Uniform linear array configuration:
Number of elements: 8
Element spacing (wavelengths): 0.5
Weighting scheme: binomial
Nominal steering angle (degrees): -45
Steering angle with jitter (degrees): -44.379
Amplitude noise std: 0.05
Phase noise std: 0.05

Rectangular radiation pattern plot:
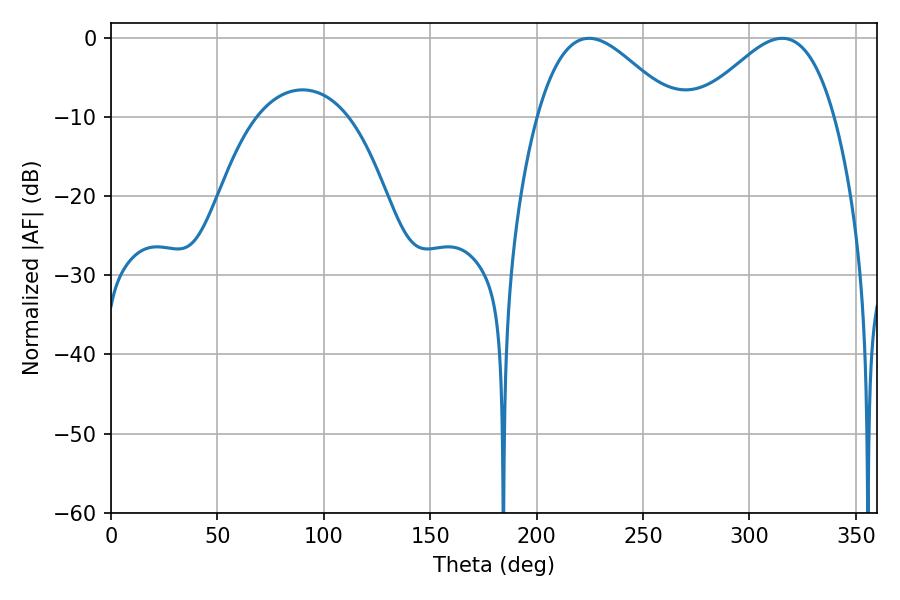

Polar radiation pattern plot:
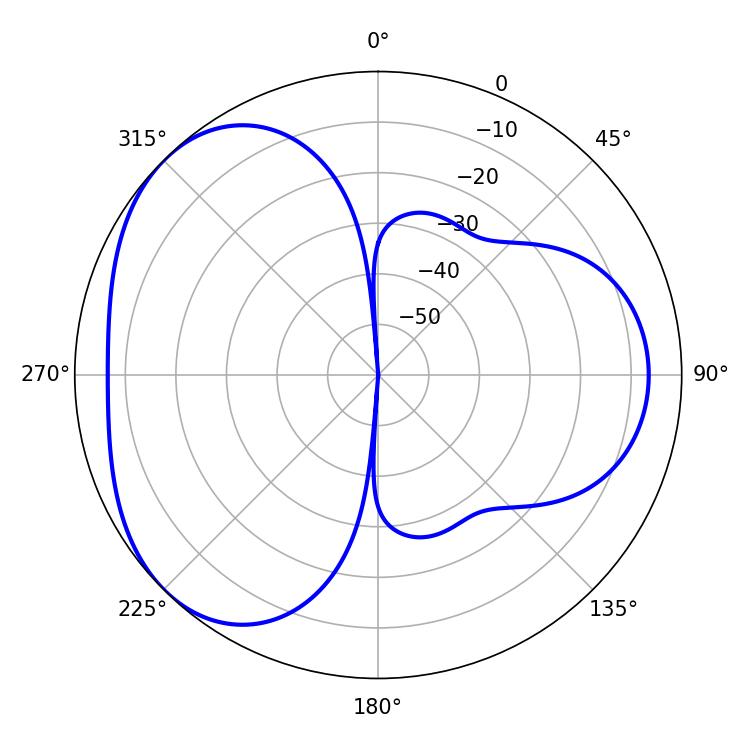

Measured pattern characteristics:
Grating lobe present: FALSE
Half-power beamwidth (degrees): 34.56
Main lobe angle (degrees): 224.64